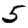
Digit: 5